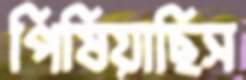
পিষিয়াছিস